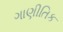
ગાણીતિક